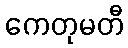
ကေတုမတီ